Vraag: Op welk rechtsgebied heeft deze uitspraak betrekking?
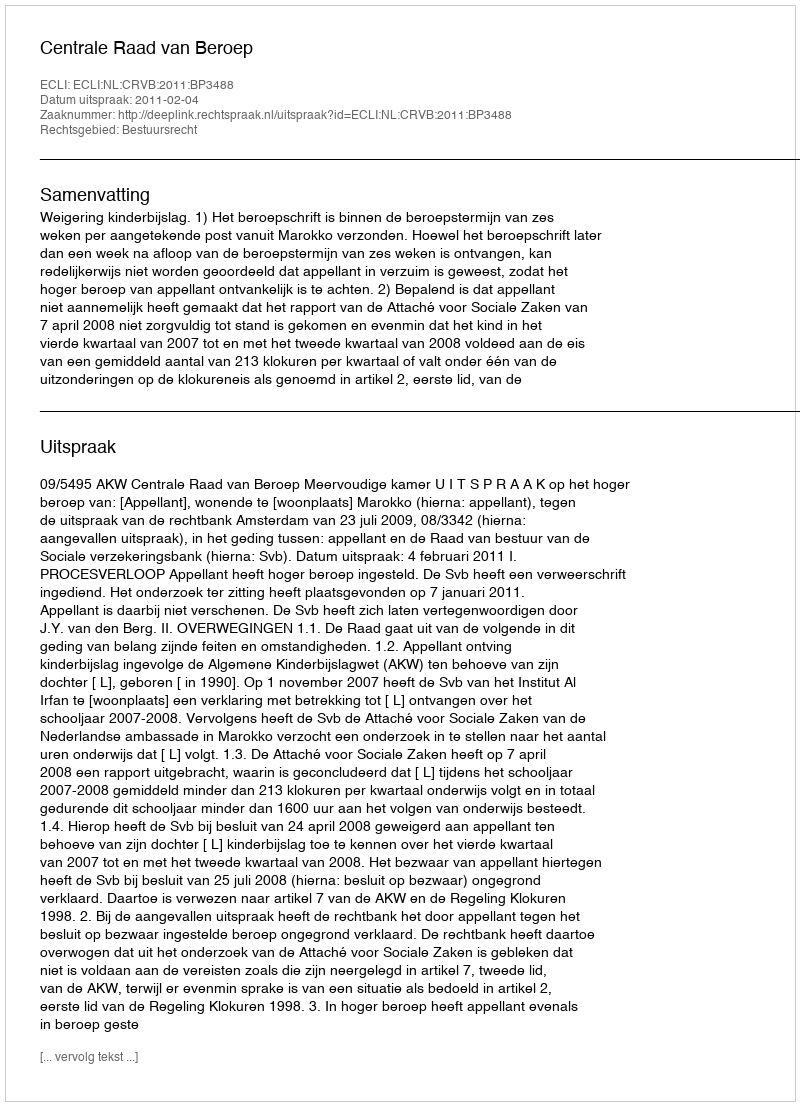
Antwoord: Bestuursrecht